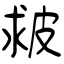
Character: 皳